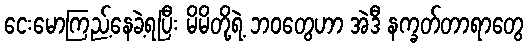
ငေးမောကြည့်နေခဲ့ရပြီး မိမိတို့ရဲ့ ဘဝတွေဟာ အဲဒီ နက္ခတ်တာရာတွေ